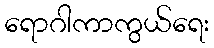
ရောဂါကာကွယ်ရေး